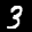
Label: 3